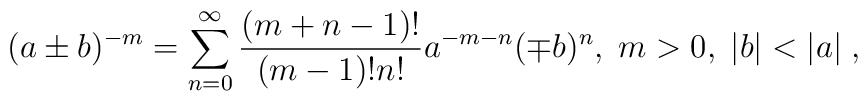
(a\pm b)^{-m}=\sum_{n=0}^{\infty}\frac{(m+n-1)!}{(m-1)!n!}a^{-m-n}(\mp b)^{n},  \; m>0, \; |b|<|a| \; ,